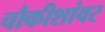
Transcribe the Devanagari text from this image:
चौकीशांवर